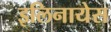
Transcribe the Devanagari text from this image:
इलिनायेस